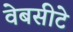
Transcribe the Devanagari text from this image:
वेबसीटे